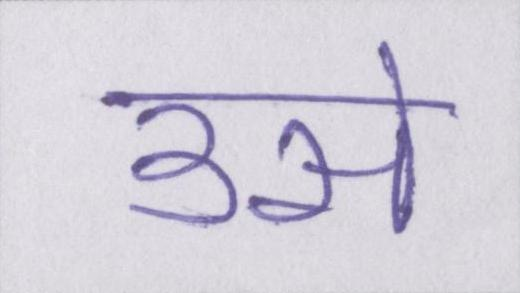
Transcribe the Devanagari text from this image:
उसे